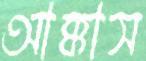
আক্কাস